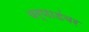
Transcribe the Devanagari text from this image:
वर्णाडंबर